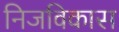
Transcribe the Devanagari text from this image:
निजविकास